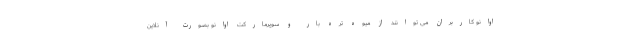
اوانو کاربران می توانند از میوه تره بار و سوپرمارکت اوانو بصورت آنلاین